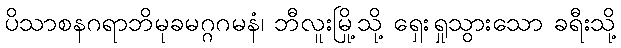
ပိသာစနဂရာဘိမုခမဂ္ဂဂမနံ၊ ဘီလူးမြို့သို့ ရှေးရှုသွားသော ခရီးသို့